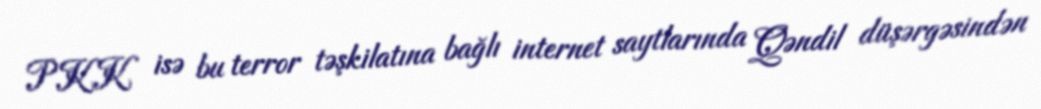
PKK isə bu terror təşkilatına bağlı internet saytlarında Qəndil düşərgəsindən